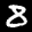
Label: 8